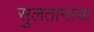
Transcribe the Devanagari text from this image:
सुलतानांचा